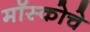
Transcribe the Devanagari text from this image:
मॉस्कोचे